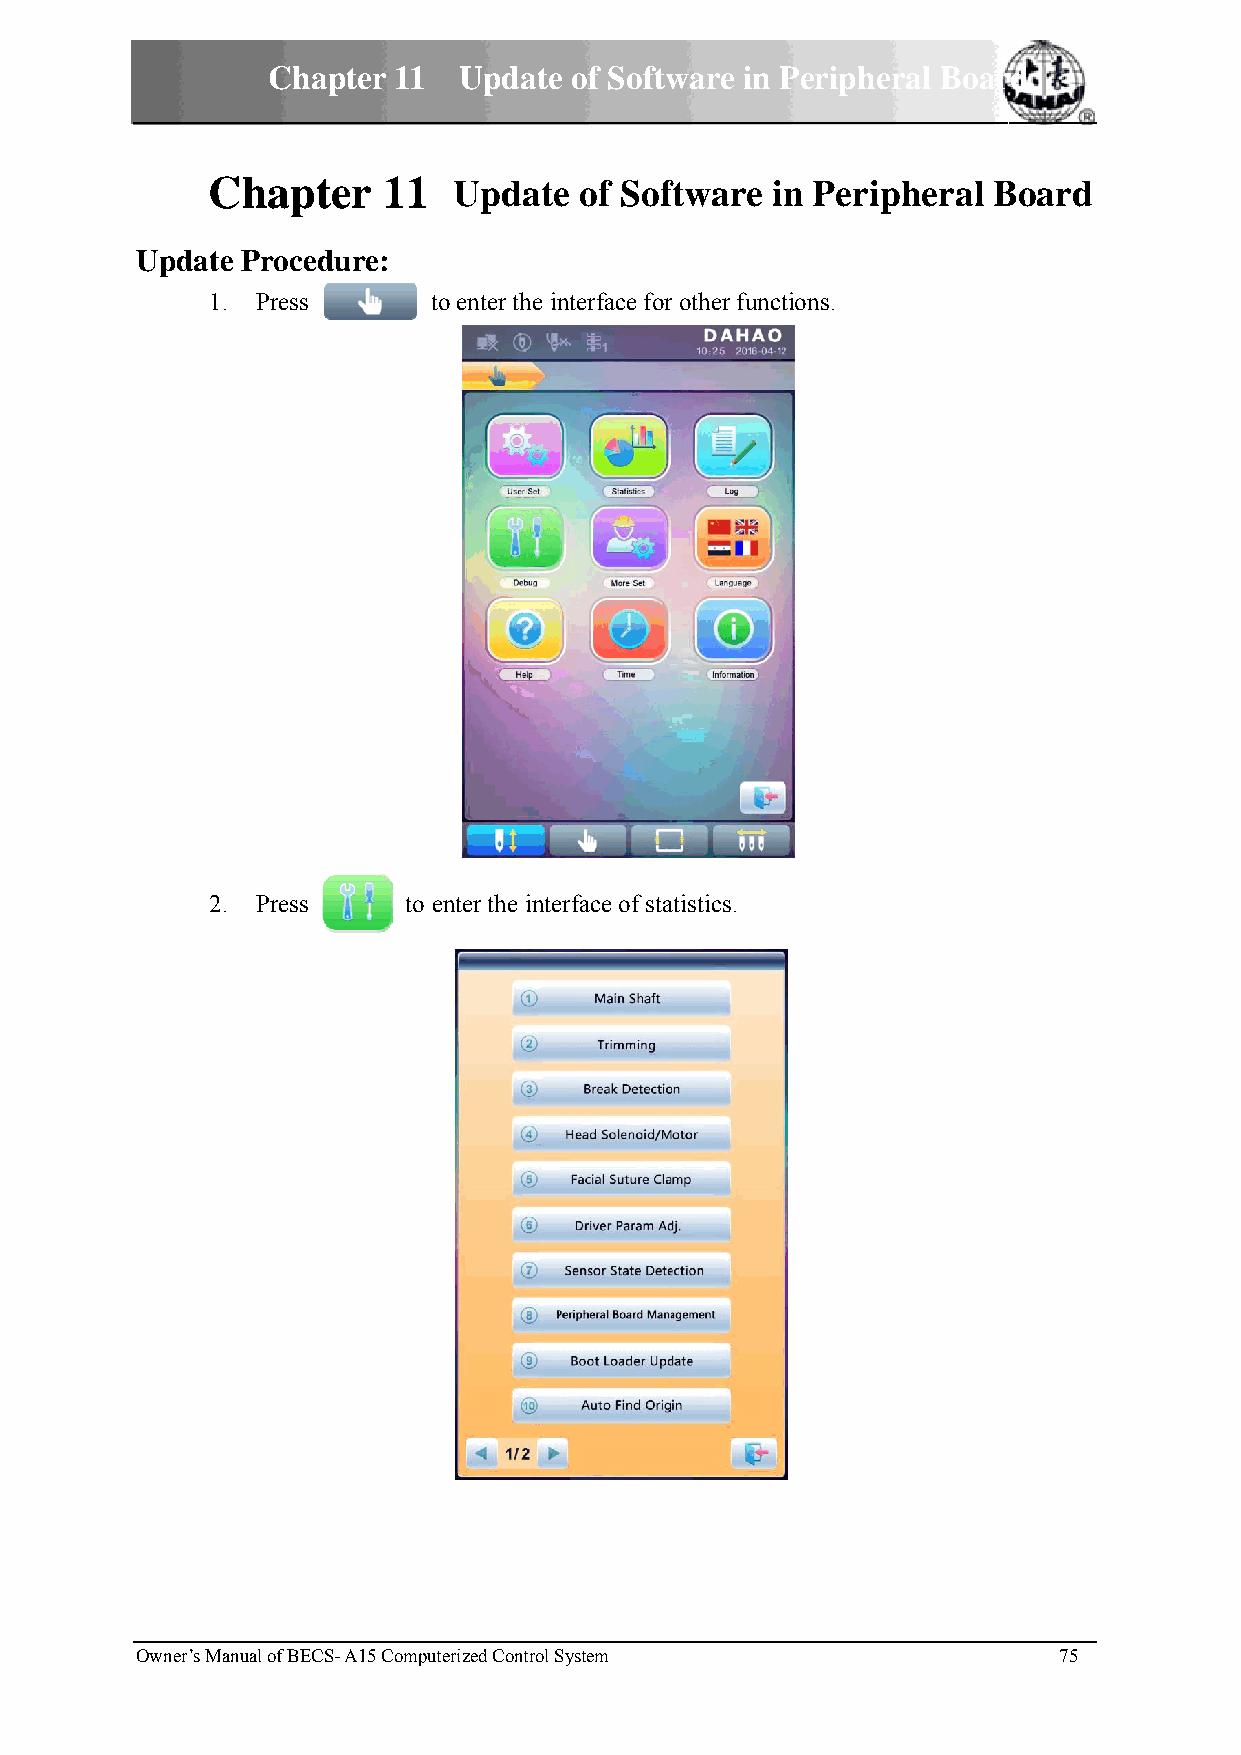
Chappter 11 Updatee of Softwware in PPeripherral Boarrd
 CChapteer  11   Updatee of Sofftware inn Perippheral BBoard
 Updatee Proceduure:
 1.. Press      too enter the innterface forr other functtions.
 2.. Press    to ennter the inteerface of staatistics.
 Owner’s Maanual of BECS-- A15 Computeerized Control SSystem  75